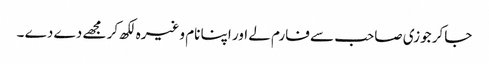
جاکر جوزی صاحب سے فارم لے اور اپنا نام وغیرہ لکھ کر مجھے دے دے ۔